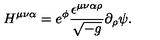
H ^ { \mu \nu \alpha } = e ^ { \phi } \frac { \epsilon ^ { \mu \nu \alpha \rho } } { \sqrt { - g } } \partial _ { \rho } \psi .